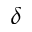
\delta